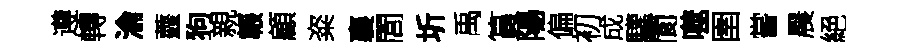
遵轉淪虀狗親韔顧粢襄閭圻禹篔陽偏初成驩閬噬圉嘗晨絕